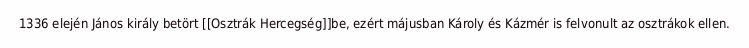
1336 elején János király betört [[Osztrák Hercegség]]be, ezért májusban Károly és Kázmér is felvonult az osztrákok ellen.